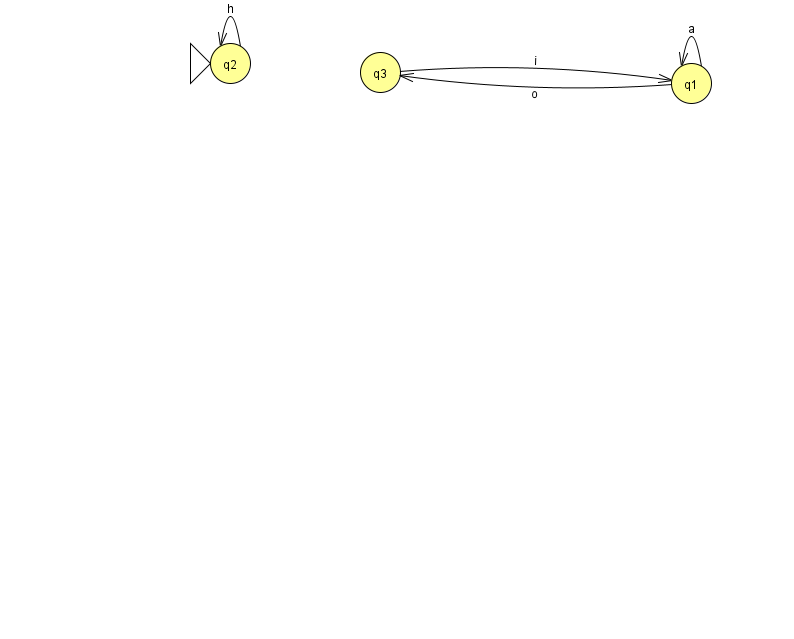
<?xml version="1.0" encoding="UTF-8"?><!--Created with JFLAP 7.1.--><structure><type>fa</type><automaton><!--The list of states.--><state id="1" name="q1"><x>691.0</x><y>70.0</y></state><state id="2" name="q2"><x>230.0</x><y>50.0</y><initial/></state><state id="3" name="q3"><x>380.0</x><y>59.0</y></state><!--The list of transitions.--><transition><from>1</from><to>1</to><read>a</read></transition><transition><from>2</from><to>2</to><read>h</read></transition><transition><from>3</from><to>1</to><read>i</read></transition><transition><from>1</from><to>3</to><read>o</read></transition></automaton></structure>